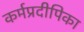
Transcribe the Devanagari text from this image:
कर्मप्रदीपिका